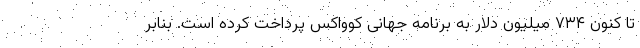
تا کنون ۷۳۴ میلیون دلار به برنامه جهانی کوواکس پرداخت کرده است. بنابر